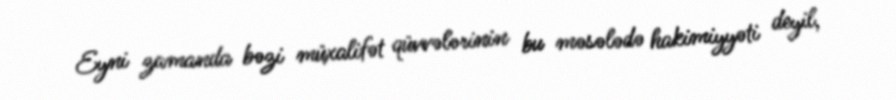
Eyni zamanda bəzi müxalifət qüvvələrinin bu məsələdə hakimiyyəti deyil,